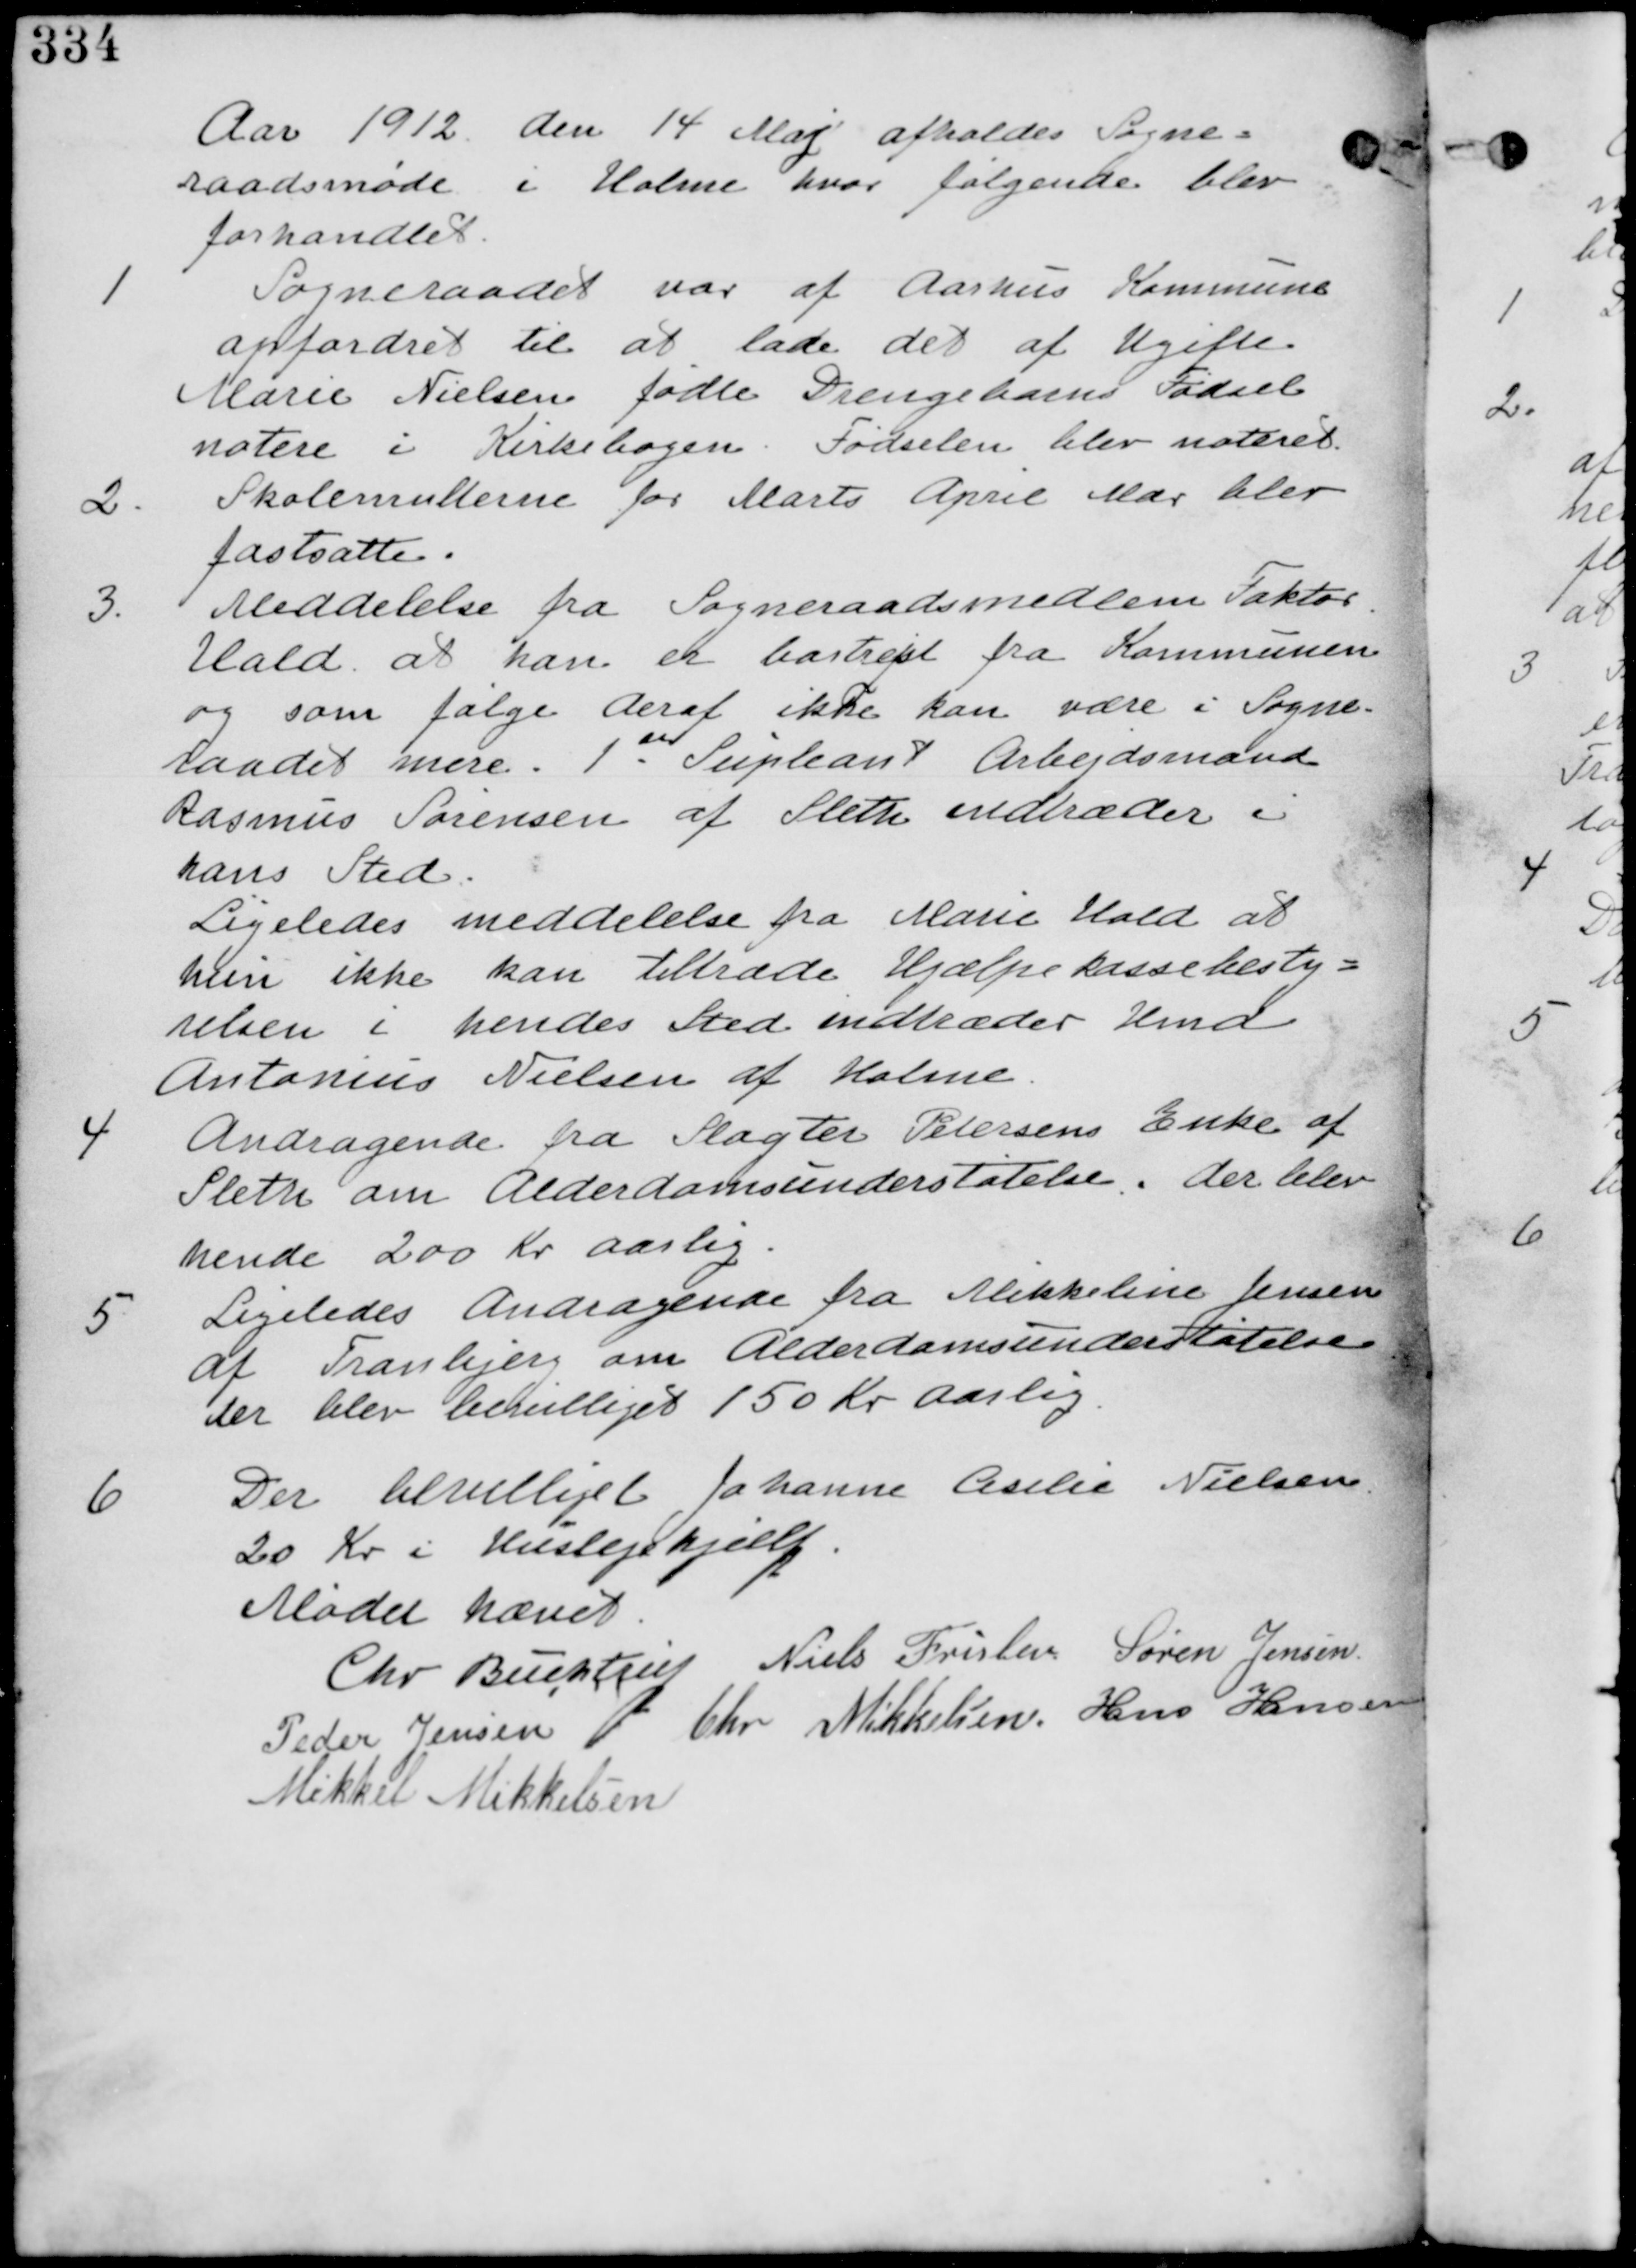
Transskription:
Aar 1912 den 14 Maj afholdes Sogne-
raadsmøde i Holme hvor følgende blev
forhandlet.

1.
Sogneraadet var af Aarhus Kommune
opfordret til at lade det af Ugifte
Marie Nielsen fødte Drengebarn Fødsel-
notere i Kirkebogen. Fødselen blev noteret

2. Skolemulterne for Marts April Mdr blev
fastsatte.

3.
Meddelelse fra Sogneraadsmedlem Faktor
Hald at han er bortrejst fra Kommunen
og som følge deraf ikke kan være i Sogne-
raadet mere. 1st Suppleant Arbejdsmand
Rasmus Sørensen af Sleth indkaldes i
hans Sted.
Ligeledes meddelelse fra Marie Hald at
hun ikke kan tiltræde Hjælpekassebesty-
relsen i hendes Sted indkaldes Hmd
Antonius Nielsen af Holme

4. Andragende fra Slagter Petersens Enke af
Sleth om Alderdomsunderstøttelse. der blev
hende 200 Kr aarlig.

5.
Ligeledes Andragende fra Mikkeline Jensen
af Tranbjerg om Alderdomsunderstøttelse
der blev bevilliget 150 Kr aarlig

6.
Der bevilliget Johanne Aselie Nielsen
20 Kr i Huslejehjælp

Mødet hævet

Chr Buchtrup Niels Frislev Søren Jensen

Peder Jensen Chr Mikkelsen Hans Hansen

Mikkel Mikkelsen